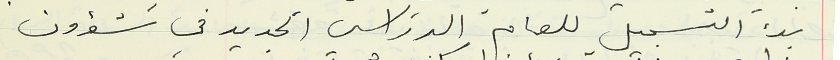
بدء التسجيل للعام الدراسي الجديد في شؤون